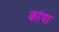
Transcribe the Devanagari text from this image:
कांपा